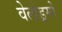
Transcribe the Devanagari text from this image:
वेलोड्रमों